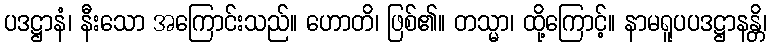
ပဒဋ္ဌာနံ၊ နီးသော အကြောင်းသည်။ ဟောတိ၊ ဖြစ်၏။ တသ္မာ၊ ထို့ကြောင့်။ နာမရူပပဒဋ္ဌာနန္တိ၊